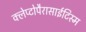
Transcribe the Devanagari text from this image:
क्लेप्टोपैरासाईटिस्म